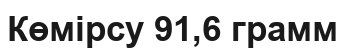
Көмірсу 91,6 грамм